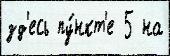
зд'есь пу́нкт'е 5 на